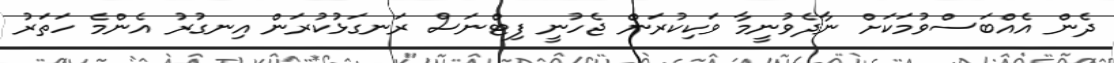
ދެން އެއްބަސްވުމަކަށް ނާދެވުނީމާ ވަކިކުރަން ޖެހުނީ ފިޓްނަސް ރަނގަޅުކުރަން އިނގުރު އެންމެ ހަތަރު